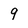
Character: 9